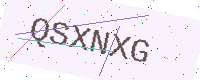
Text: QSXNXG